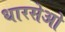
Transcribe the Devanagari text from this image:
धारसेओ